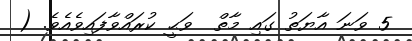
5 ވަނަ އާޔަތު ގައި މާތް  ވަޙީ ކުރައްވާފައިވެއެވެ. (